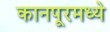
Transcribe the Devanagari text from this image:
कानपूरमध्ये